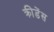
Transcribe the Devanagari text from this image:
क्रीडेंस